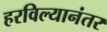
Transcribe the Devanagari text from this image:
हरविल्यानंतर